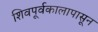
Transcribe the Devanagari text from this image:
शिवपूर्वकालापासून